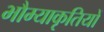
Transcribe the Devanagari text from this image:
भौम्याकृतियों